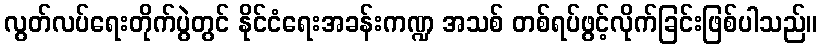
လွတ်လပ်ရေးတိုက်ပွဲတွင် နိုင်ငံရေးအခန်းကဏ္ဍ အသစ် တစ်ရပ်ဖွင့်လိုက်ခြင်းဖြစ်ပါသည်။